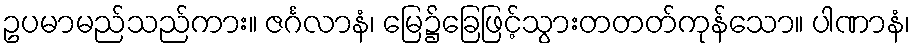
ဥပမာမည်သည်ကား။ ဇင်္ဂလာနံ၊ မြေ၌ခြေဖြင့်သွားတတတ်ကုန်သော။ ပါဏာနံ၊